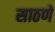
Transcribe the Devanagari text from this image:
साठणे